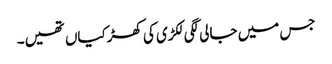
جس میں جالی لگی لکڑی کی کھڑکیاں تھیں۔